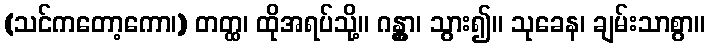
(သင်ကတော့ကော၊) တတ္ထ၊ ထိုအရပ်သို့။ ဂန္တွာ၊ သွား၍။ သုခေန၊ ချမ်းသာစွာ။